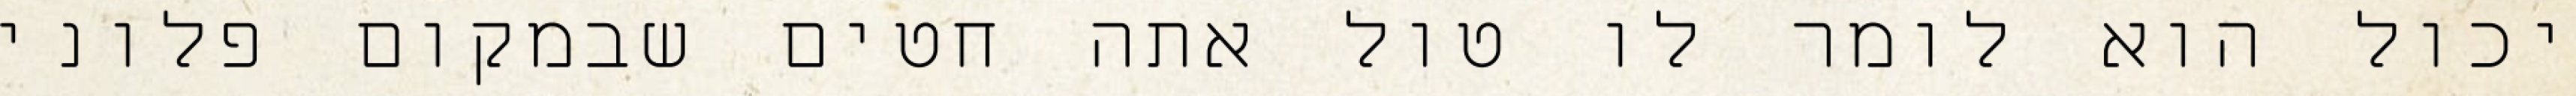
יכול הוא לומר לו טול אתה חטים שבמקום פלוני